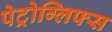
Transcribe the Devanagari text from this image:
पेट्रोग्लिफ्स